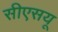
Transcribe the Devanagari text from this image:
सीएसयू